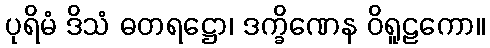
ပုရိမံ ဒိသံ ဓတရဋ္ဌော၊ ဒက္ခိဏေန ဝိရူဠကော။